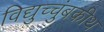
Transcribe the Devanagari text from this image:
विद्युच्चुंबकीथ